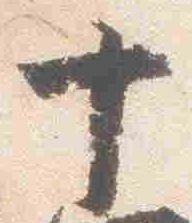
十